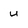
Character: u